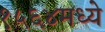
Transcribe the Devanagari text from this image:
१५६४मध्ये